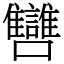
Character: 㘜